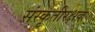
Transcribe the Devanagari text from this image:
संस्कृतीरक्षक